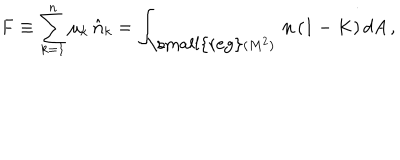
LaTeX: { \bf F } \equiv \sum _ { k = 1 } ^ { n } \mu _ { k } \, \hat { { \bf n } } _ { k } = \int _ { { \mathrm { \small { r e g } } } ( M ^ { 2 } ) } \, { \bf n } \, ( 1 - K ) \, d A \, ,